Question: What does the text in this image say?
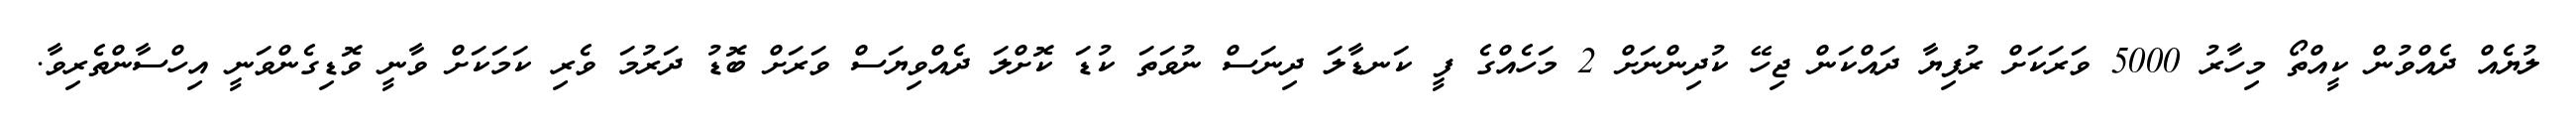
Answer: ލުޔެއް ދެއްވުން ކީއްތޯ މިހާރު 5000 ވަރަކަށް ރުފިޔާ ދައްކަން ޖިހޭ ކުދިންނަށް 2 މަހެއްގެ ފީ ކަނޑާލަ ދިނަސް ނުވަތަ ކުޑަ ކޮށްލަ ދެއްވިޔަސް ވަރަށް ބޮޑު ދަރުމަ ވެރި ކަމަކަށް ވާނީ ވޮޑިގެންވަނީ އިހްސާންތެރިވާ.